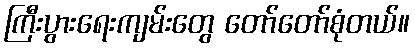
ကြီးပွားရေးကျမ်းတွေ တော်တော်စုံတယ်။